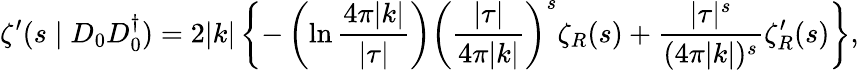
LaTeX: \zeta^{\prime}(s\mid D_{0}D_{0}^{\dagger})=2|k|\left\{ -\left(\ln\frac{4\pi|k|}{|\tau|}\right)\left(\frac{|\tau|}{4\pi|k|}\right)^{s}\zeta_{R}(s)+\frac{|\tau|^{s}}{(4\pi|k|)^{s}}\zeta_{R}^{\prime}(s)\right\} ,